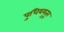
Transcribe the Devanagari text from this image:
पुधियमुतूर